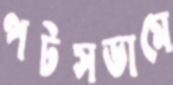
পটসডামে